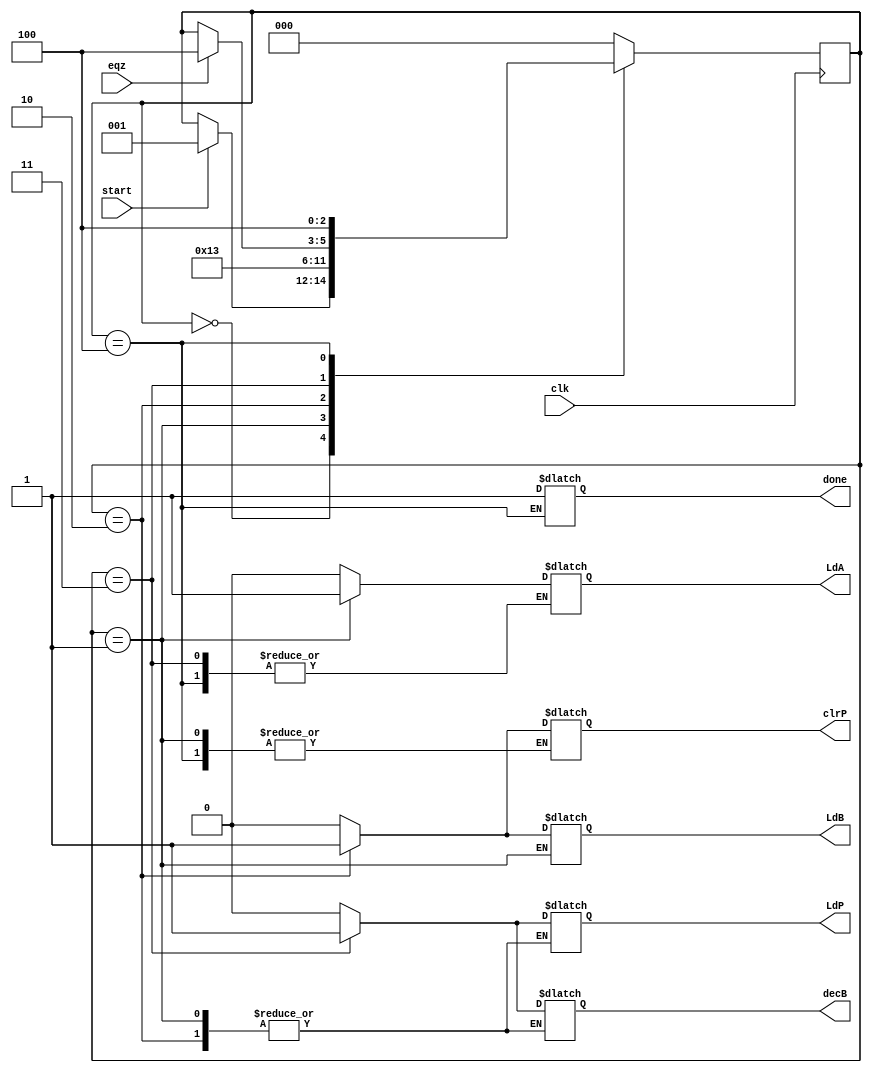
module controller (LdA, LdB, LdP, clrP, decB, done, clk, eqz, start);
    input clk, eqz, start;
    output reg LdA, LdB, LdP, clrP, decB, done;
 
    reg [2:0] state;
    parameter S0=3'b000, S1=3'b001, S2=3'b010, S3=3'b011, S4=3'b100;

   always @ (posedge clk)
      begin
       case (state)
        S0: if (start) state <= S1;
        S1: state <= S2;
        S2: state <= S3;
        S3: #2 if (eqz) state <= S4;
        S4: state <= S4;
        default: state <= S0;
     endcase
    end

  always @ (state)
    begin
     case (state)
      S0: begin #1 LdA=0; LdB=0; LdP=0; clrP=0; decB=0; end
      S1: begin #1 LdA=1; end
      S2: begin #1 LdA=0; LdB=1; clrP=1; end
      S3: begin #1 LdB=0; LdP=1; clrP=0; decB=1; end
      S4: begin #1 done=1; LdB=0; LdP=0; decB=0; end
      default: begin #1 LdA=0; LdB=0; LdP=0; clrP=0; decB=0; end
    endcase
  end
endmodule